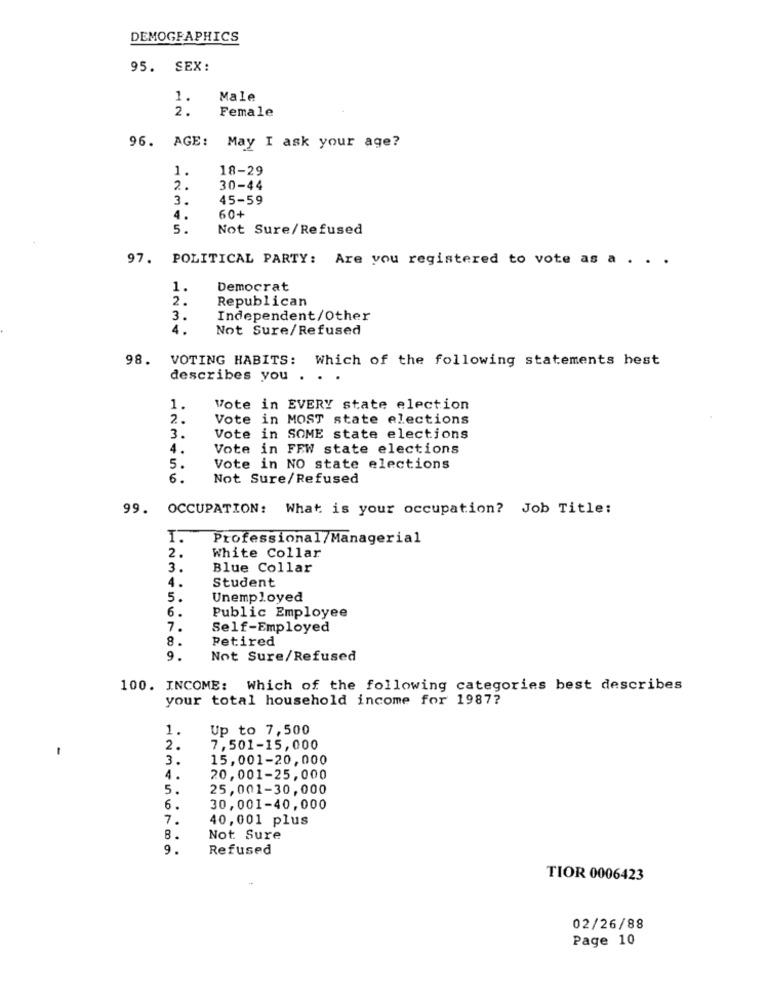
DEMOGRAPHICS
95. SEX:
1.
Male
2.
Female
96. AGE:
May I ask your age?
1.
18-29
2.
30-44
3.
45-59
4.
60+
5.
Not Sure/Refused
97. POLITICAL PARTY: Are you registered to vote as a . . .
1.
Democrat
2.
Republican
3.
Independent/Other
4.
Not Sure/Refused
98. VOTING HABITS: Which of the following statements hest
describes you . .
1.
Vote in EVERY state election
2.
Vote in MOST state elections
3.
Vote in SOME state elections
4.
Vote in FEW state elections
5.
Vote in NO state elections
6.
Not Sure/Refused
99. OCCUPATION: What is your occupation? Job Title:
1.
Professional/Managerial
2.
White Collar
3.
Blue Collar
Student
4.
5.
Unemployed
6.
Public Employee
7.
Self-Employed
8.
Petired
9.
Not Sure/Refused
100. INCOME: Which of the following categories best describes
your total household income for 1987?
1.
Up to 7,500
1
2.
7,501-15,000
3.
15,001-20,000
4.
20, 001-25,000
5.
25,001-30,000
6.
30,001-40,000
7.
40,001 plus
8.
Not Sure
9.
Refused
TIOR 0006423
02/26/88
Page 10